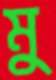
মু